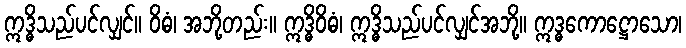
ဣဒ္ဓိသည်ပင်လျှင်။ ဝိဓံ၊ အဘို့တည်း။ ဣဒ္ဓိဝိဓံ၊ ဣဒ္ဓိသည်ပင်လျှင်အဘို့။ ဣဒ္ဓကောဋ္ဌောသော၊